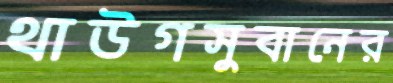
থাউগসুবানের